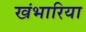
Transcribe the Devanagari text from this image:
खंभारिया